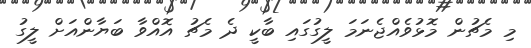
މި މެޗުން މޮޅުވެއްޖެނަމަ ލީގުގައި ބާކީ ދެ މެޗު އޮއްވާ ބަޔާންއަށް ލީގު